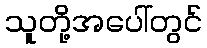
သူတို့အပေါ်တွင်